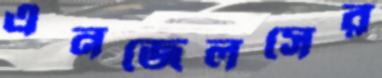
এনজেলসের